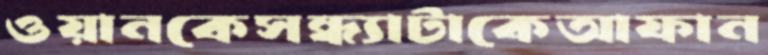
ওয়ানকেসন্ধ্যাটাকেআফান